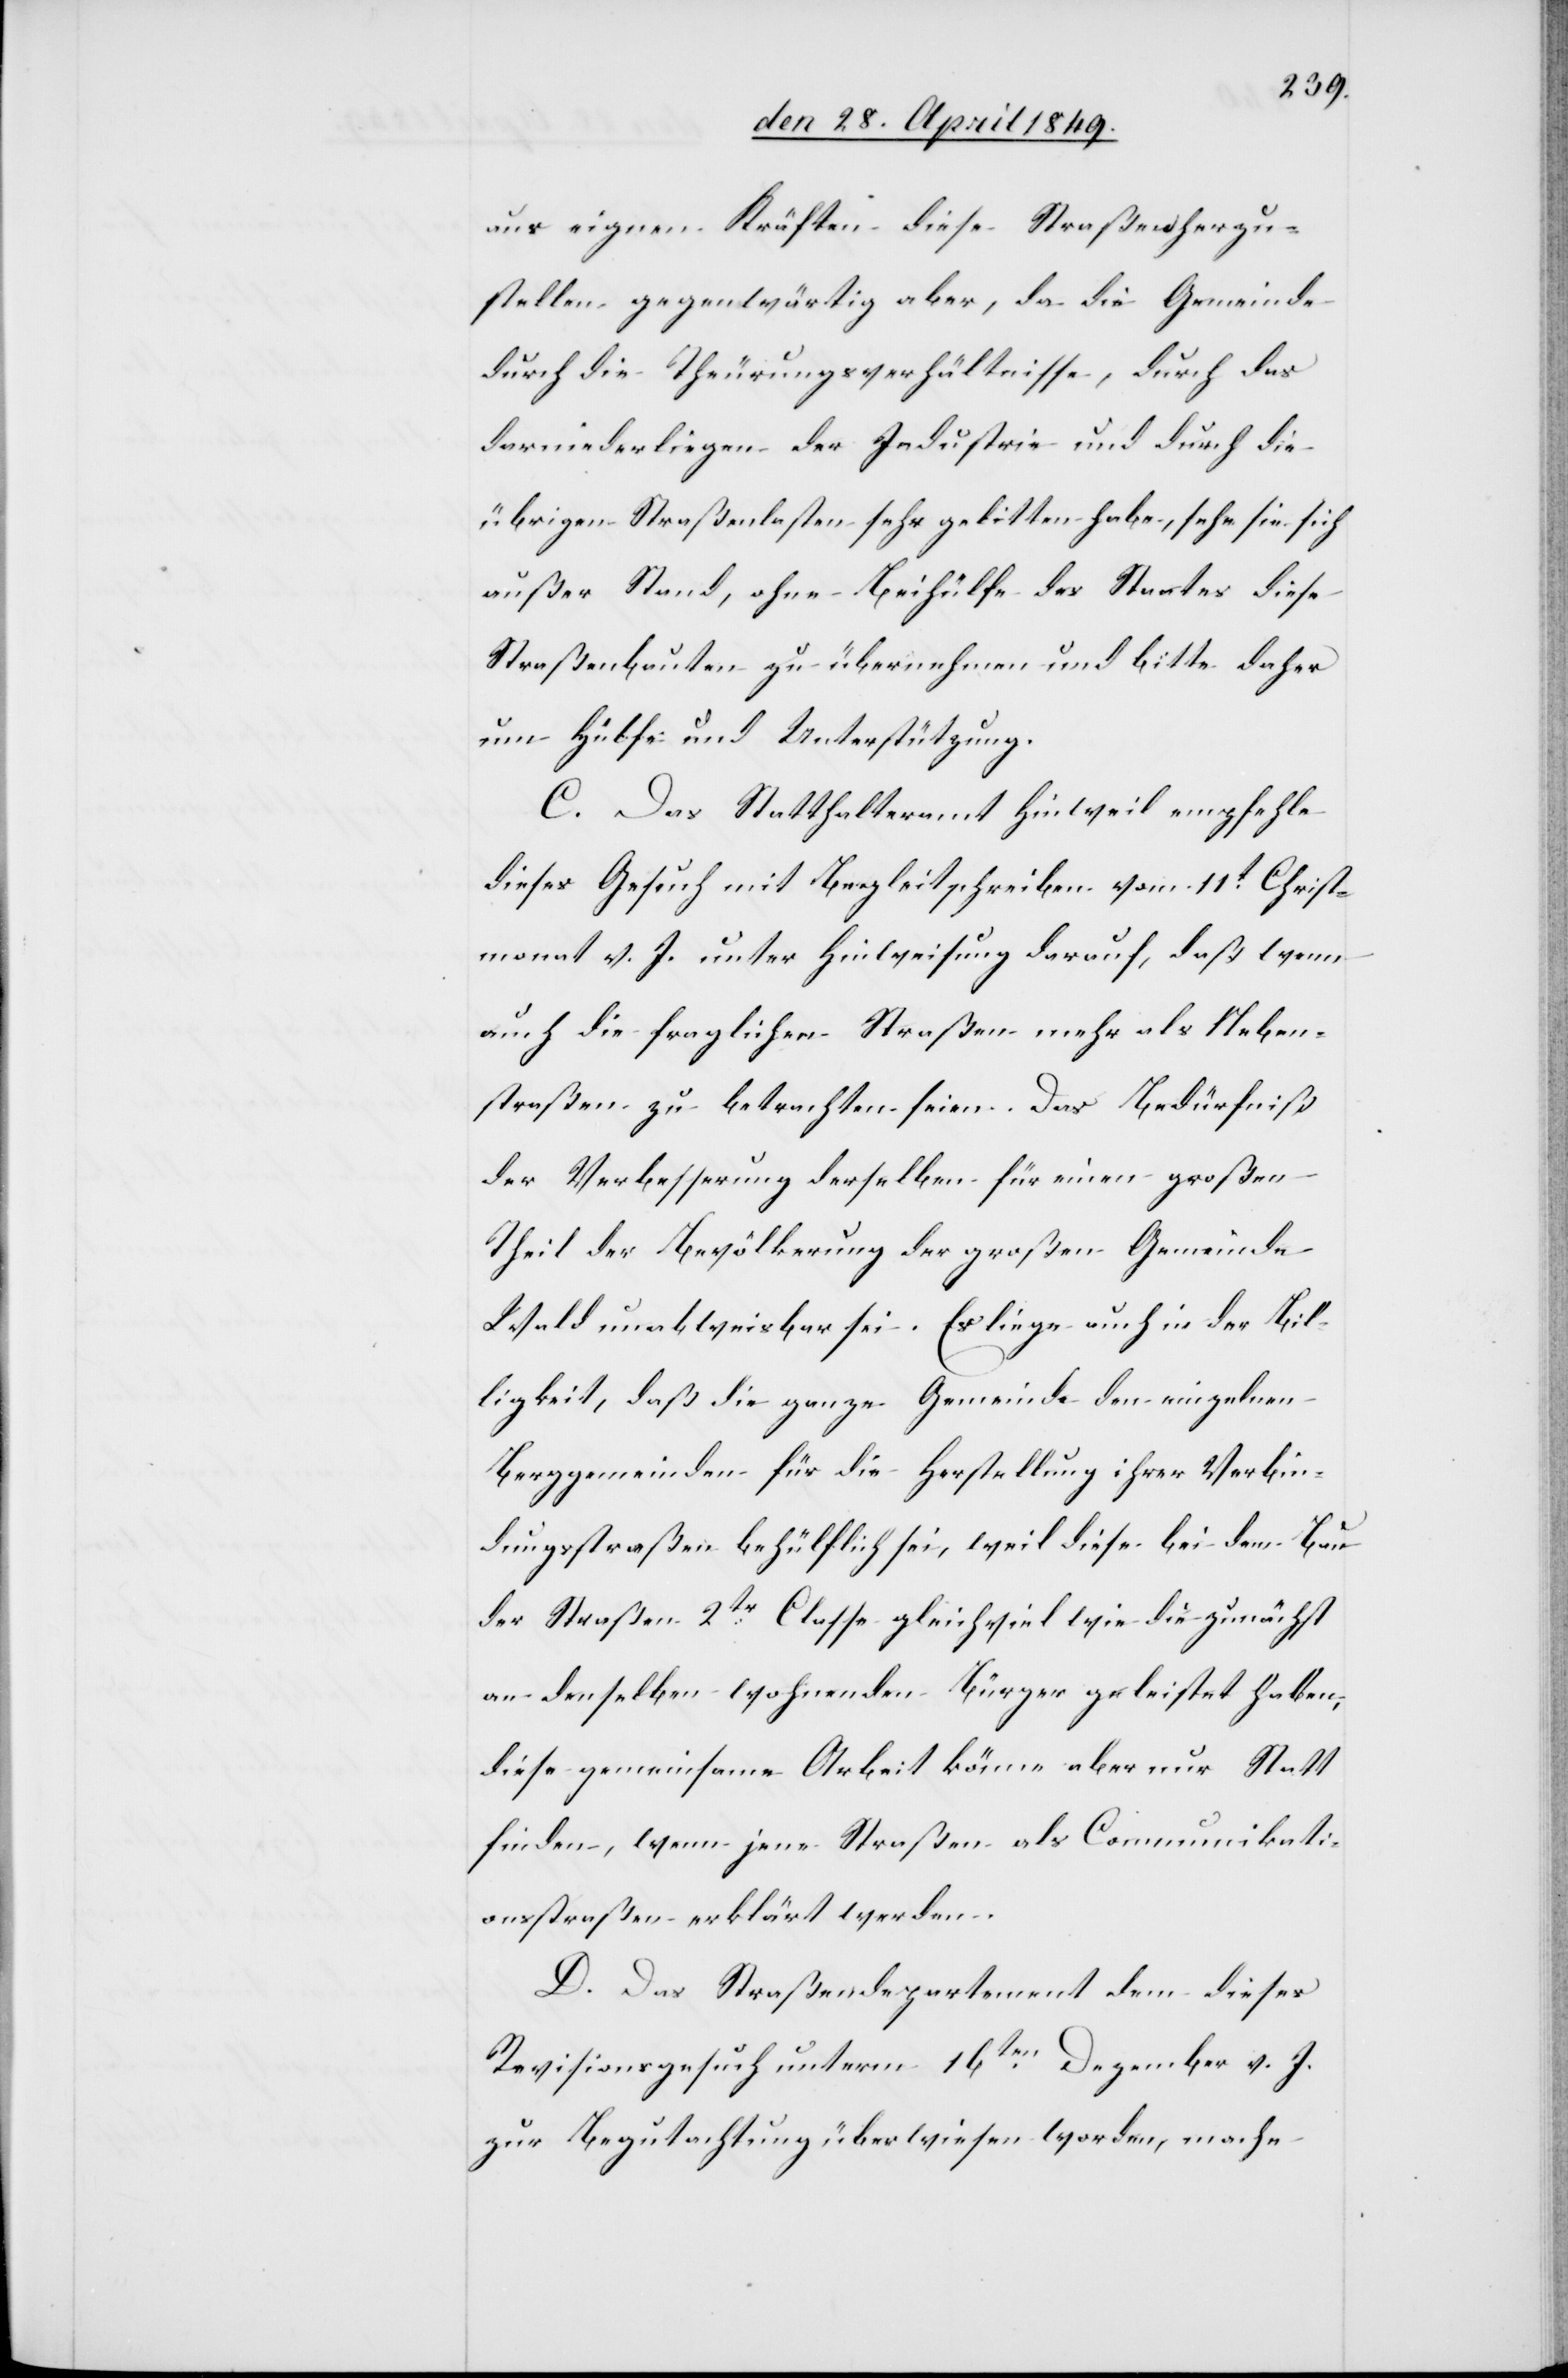
aus eigenen Kräften diese Straßen herzu¬
stellen gegenwärtig aber, da die Gemeinde
durch die Theurungsverhältnisse, durch das
darniederliegen der Industrie und durch die
übrigen Straßenlastensehr gelitten habe, sehe sie sich
außer Stand, ohne Beihülfe des Staates diese
Straßenbauten zu übernehmen und bitte daher
um Hülfe und Unterstützung.
C. Das Statthalteramt Hinweil empfehle
dieses Gesuch mit Begleitschreiben vom 11t Christ¬
monat v. J. unter Hinweisung darauf, daß wenn
auch die fraglichen Straßen mehr als Neben¬
straßen zu betrachten seien. Das Bedürfniß
der Verbesserung derselben für einen großen
Theil der Bevölkerung der großen Gemeinde
Wald unabweisbar sei. Es liege auch in der Bil¬
ligkeit, daß die ganze Gemeinde den einzelnen
Berggemeinden für die Herstellung ihrer Verbin¬
dungsstraßen behülflich sei, weil diese bei dem Bau
der Straßen 2tr Classe gleichviel wie die zunächst
an denselben wohnenden Bürger geleistet haben,
diese gemeinsame Arbeit könne aber nur Statt
finden, wenn jene Straßen als Communikati¬
onsstraßen erklärt werden.
D. Das Straßendepartement dem dieses
Revisionsgesuch unterm 16ten Dezember v. J.
zur Begutachtung überwiesen worden, mache